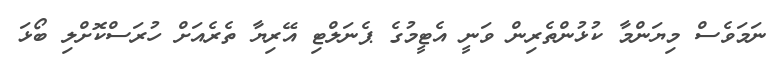
ނަމަވެސް މިޔަންމާ ކުޅުންތެރިން ވަނީ އެޓީމުގެ ޕެނަލްޓި އޭރިޔާ ތެރެއަށް ހުރަސްކޮށްލި ބޯޅަ